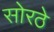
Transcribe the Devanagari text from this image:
सोरठे